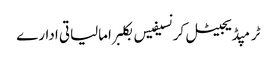
ٹرمپڈیجیٹل کرنسیفیس بکلبرامالیاتی ادارے